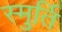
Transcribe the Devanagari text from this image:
स्मुर्ति